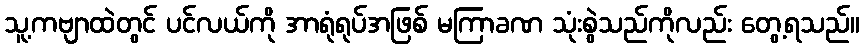
သူ့ကဗျာထဲတွင် ပင်လယ်ကို အာရုံရုပ်အဖြစ် မကြာခဏ သုံးစွဲသည်ကိုလည်း တွေ့ရသည်။